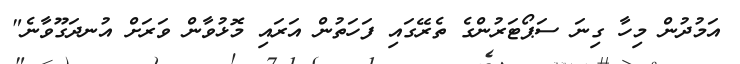
އަމުދުން މިހާ ގިނަ ސަޕޯޓަރުންގެ ތެރޭގައި ފަހަތުން އަރައި މޮޅުވާން ވަރަށް އުނދަގޫވާނެ"